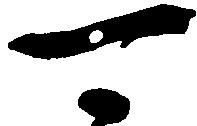
可